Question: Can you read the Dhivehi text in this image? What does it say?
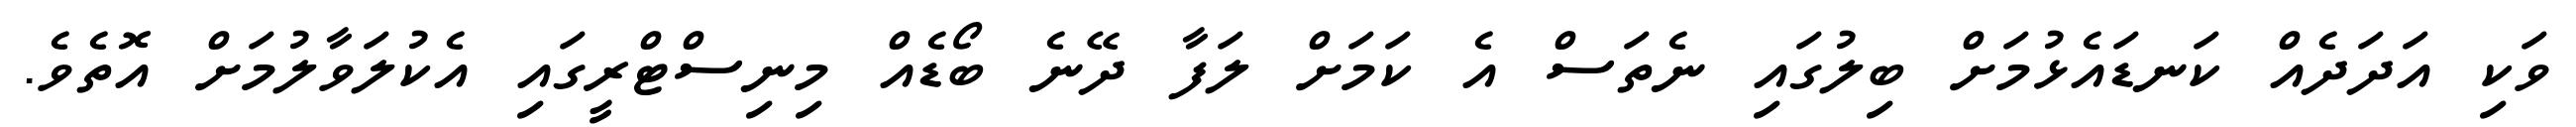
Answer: ވަކި އަދަދެއް ކަނޑައެޅުމަށް ބިލުގައި ނެތަސް އެ ކަމަށް ލަފާ ދޭނެ ބޯޑެއް މިނިސްޓްރީގައި އެކުލަވާލުމަށް އޮތެވެ.